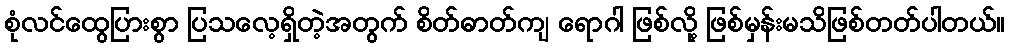
စုံလင်ထွေပြားစွာ ပြသလေ့ရှိတဲ့အတွက် စိတ်ဓာတ်ကျ ရောဂါ ဖြစ်လို့ ဖြစ်မှန်းမသိဖြစ်တတ်ပါတယ်။